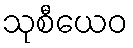
သုစီယေဝ